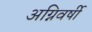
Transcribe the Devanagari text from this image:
अग्निवर्षी